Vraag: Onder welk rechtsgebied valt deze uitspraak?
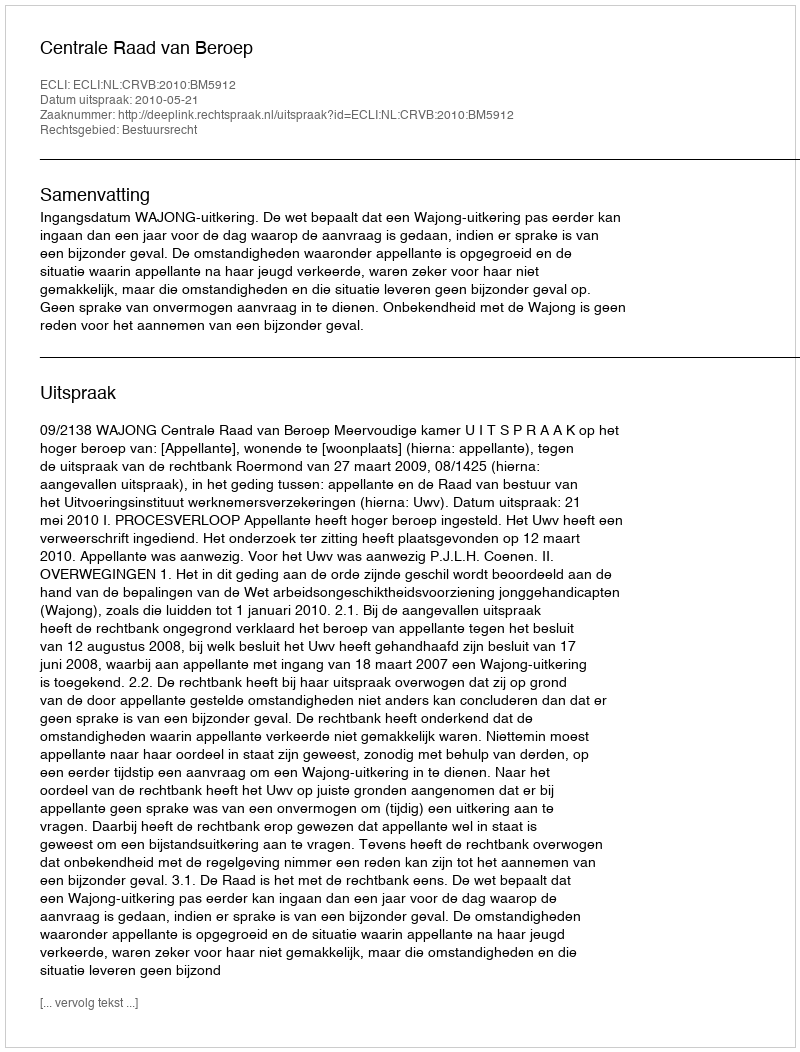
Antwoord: Bestuursrecht